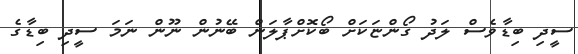
ސީދި ބިޑާވެސް ލަދު ގޯންޏަކަށް ބޯކޮށްޕާލަން ބޭނުން ނޫން ނަމަ ސީދި ބިޑާގެ